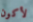
لأكون